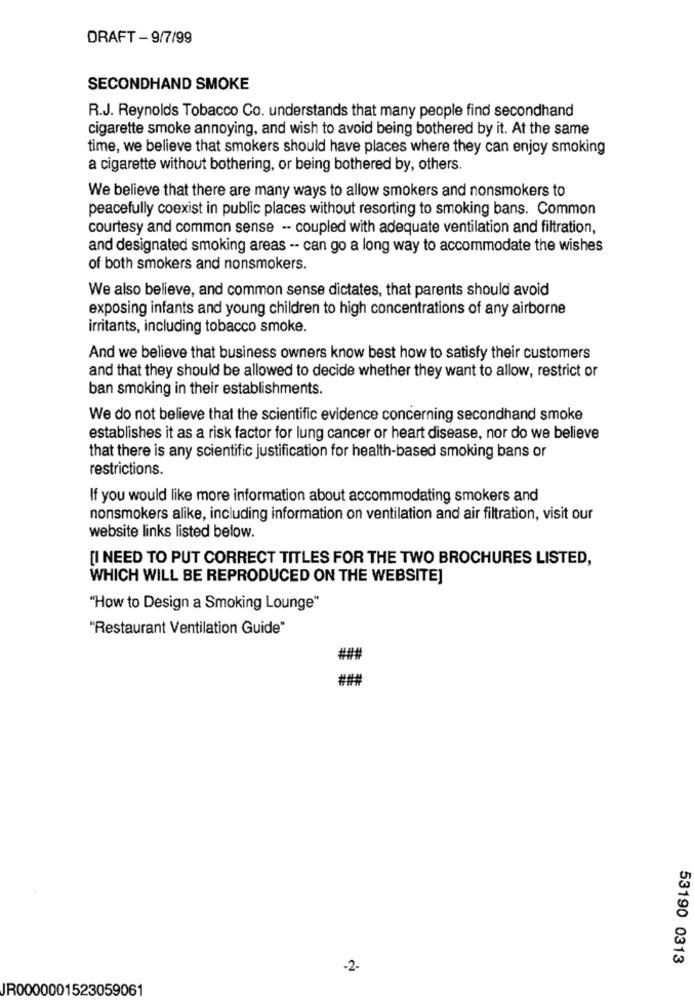
DRAFT - 9/7/99
SECONDHAND SMOKE
R.J. Reynolds Tobacco Co. understands that many people find secondhand
cigarette smoke annoying, and wish to avoid being bothered by it. At the same
time, we believe that smokers should have places where they can enjoy smoking
a cigarette without bothering, or being bothered by, others.
We believe that there are many ways to allow smokers and nonsmokers to
peacefully coexist in public places without resorting to smoking bans. Common
courtesy and common sense -- coupled with adequate ventilation and filtration,
and designated smoking areas -- can go a long way to accommodate the wishes
of both smokers and nonsmokers.
We also believe, and common sense dictates, that parents should avoid
exposing infants and young children to high concentrations of any airborne
irritants, including tobacco smoke.
And we believe that business owners know best how to satisfy their customers
and that they should be allowed to decide whether they want to allow, restrict or
ban smoking in their establishments.
We do not believe that the scientific evidence concerning secondhand smoke
establishes it as a risk factor for lung cancer or heart disease, nor do we believe
that there is any scientific justification for health-based smoking bans or
restrictions.
If you would like more information about accommodating smokers and
nonsmokers alike, including information on ventilation and air filtration, visit our
website links listed below.
[I NEED TO PUT CORRECT TITLES FOR THE TWO BROCHURES LISTED,
WHICH WILL BE REPRODUCED ON THE WEBSITE]
"How to Design a Smoking Lounge"
"Restaurant Ventilation Guide"
###
###
53190 0313
-2-
JR0000001523059061